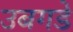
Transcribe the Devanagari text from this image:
उबगडे